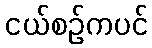
ငယ်စဉ်ကပင်